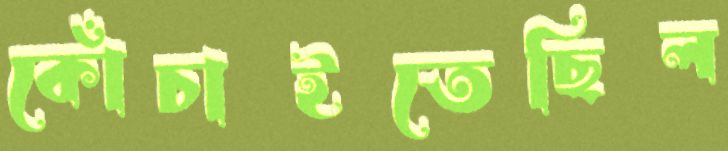
কোঁচাইতেছিল